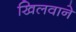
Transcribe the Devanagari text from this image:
खिलवाने